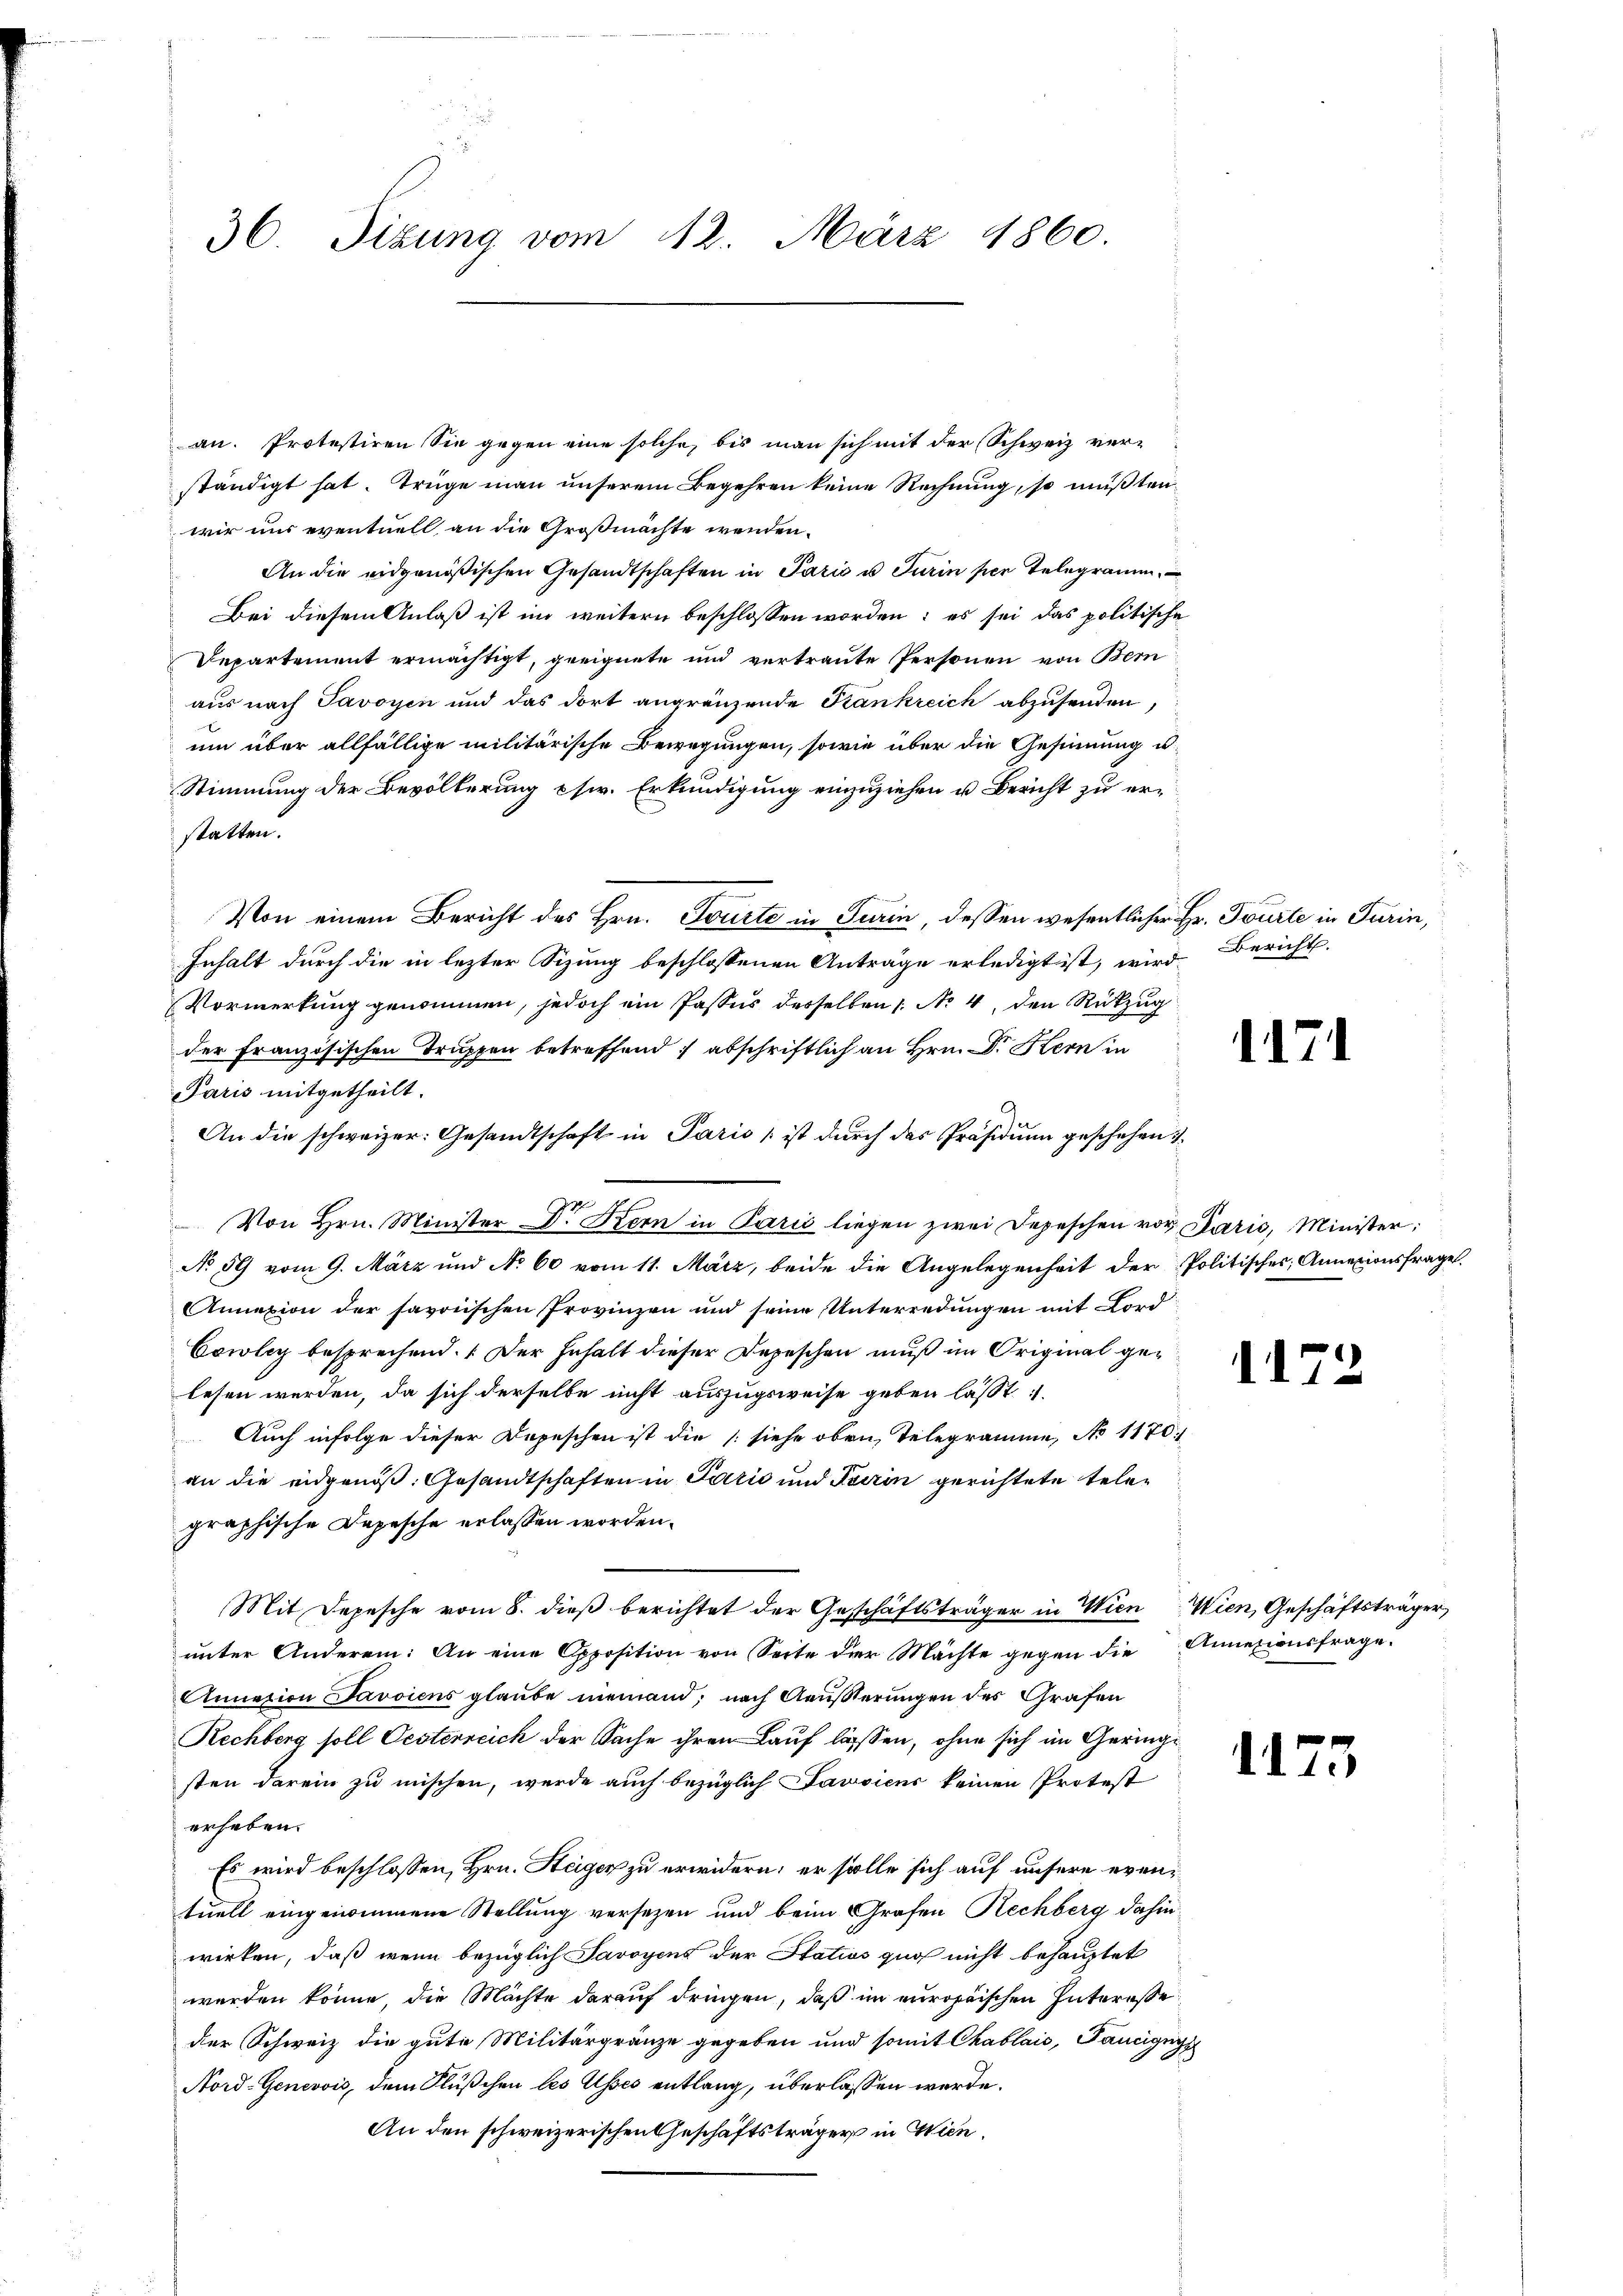
36. Sizung vom 12. März 1860.

an. Protestiren Sie gegen eine solche, bis man sich mit der Schweiz verständigt hat. Trüge man unserem Begehren keine Rechnung, so mußtenwir uns eventuell, an die Großmächte wenden.
An die eidgenößischen Gesandtschaften in Paris u Turin per Telegramm
Bei diesem Anlaß ist im weitern beschlossen worden; es sei das politische
Departement ermächtigt, geeignete und vertraute Personen von Bern
aus nach Savoyen und das dort angränzende Krankreich abzusenden,
um über allfällige militärische Bewegungen, sowie über die Gesinnung u.
Stimmung der Bevölkerung es. Erkundigung einzuziehen u. Bericht zu erstatten.
Von einem Bericht des Hrn. Tourte in Turin, dessen wesentlicher Hr. Tourte in Turin,
Inhalt durch die in lezter Sitzung beschlossenen Anträge erledigt ist, wird Bericht.
Vormerkung genommen, jedoch ein Passus desselben 1. No. 4, den Rückzug
der Französischen Truppen betreffend, abschriftlich an Hrn. Dr. Kern in
Paris mitgetheilt.
An die schweizer: Gesandtschaft in Paris / ist durch das Präsidium geschehen
 Von Hrn. Minister Dr. Kern in Paris liegen zwei Depeschen vor Paris, Minister;
No 50 vom 9. März und No 60 vom 11. März, beide die Angelegenheit der Politischer, Annazionsfrage
Annexion der savoischen Provinzen und seine Unterredungen mit Ford
Cowley besprechend. Der Inhalt dieser Depeschen muß im Original gelesen werden, da sich derselbe nicht auszugsweise geben lässt
Auch infolge dieser Depeschen ist die (siehe oben Telegramme, No 1170.
an die eidgenöß. Gesandtschaften in Parić und Turin gerichtete telegraphische Depesche erlassen worden.
Mit Depesche vom 8. dieß berichtet der Geschäftsträger in Wien Wien, Geschäftsträger,
unter Anderen: An eine Opposition von Seite der Mächte gegen die Annexionsfrage
Annation Savoiens glaube niemand, nach Aeŭβterŭngen des Grafen
Rechberg soll Oesterreich der Sache ihrem Lauf lassen, ohne sich im Geringe
sten darein zu mischen, werde auch bezüglich Pawsiens keinen Protest
erheben.
Es wird beschlossen, Hrn. Heger zu erwidern; er solle sich auf unsere eventuell eingenommene Stellung versezen und beim Grafen Rechberg dahin
wirken, daß wenn bezüglich Savoyens der Statios quos nicht behauptet
werden könne, die Mächte darauf dringen, daß im europäischen Interesse
der Schweiz die gute Militärgränze gegeben und somit Chablais, Taucignys
Nord-Genevois, dem Flußchen les Asses entlang, überlassen werde.
An den schweizerischen Geschäftsträger in Wien,

1171

1172

1173